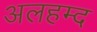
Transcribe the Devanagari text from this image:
अलहम्द